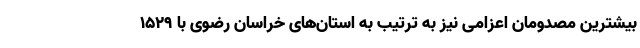
بیشترین مصدومان اعزامی نیز به ترتیب به استان‌های خراسان رضوی با ۱۵۲۹